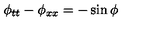
\phi _ { t t } - \phi _ { x x } = - \sin \phi